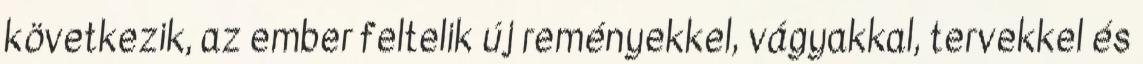
következik, az ember feltelik új reményekkel, vágyakkal, tervekkel és